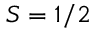
S = 1 / 2